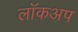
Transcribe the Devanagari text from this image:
लॉकअप